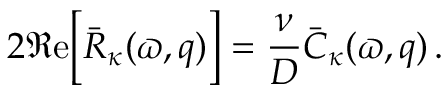
2 \Re \mathrm { e } \Big [ \bar { R } _ { \kappa } ( \varpi , q ) \Big ] = \frac { \nu } { { \cal D } } \bar { C } _ { \kappa } ( \varpi , q ) \, .